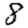
Digit: 8